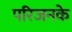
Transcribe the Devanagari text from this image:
परिजनके